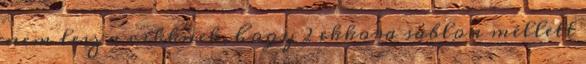
nem lesz a cikknek, hogy 2 ekkora sablon mellett